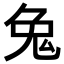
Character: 𪞁